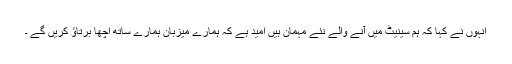
انہوں نے کہا کہ ہم سینیٹ میں آنے والے نئے مہمان ہیں امید ہے کہ ہمارے میزبان ہمارے ساتھ اچھا برتاﺅ کریں گے ۔